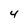
Character: 4